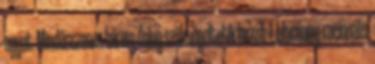
egyet. Mindösszesen három dolog szükségeltetik hozzá: 1, alacsony, racionális